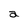
Character: a